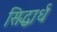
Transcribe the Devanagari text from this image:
सिद्धार्ध